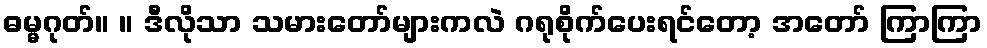
ဓမ္မဂုတ်။ ။ ဒီလိုသာ သမားတော်များကလဲ ဂရုစိုက်ပေးရင်တော့ အတော် ကြာကြာ